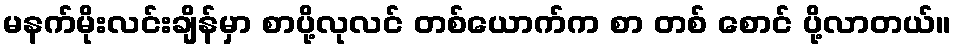
မနက်မိုးလင်းချိန်မှာ စာပို့လုလင် တစ်ယောက်က စာ တစ် စောင် ပို့လာတယ်။